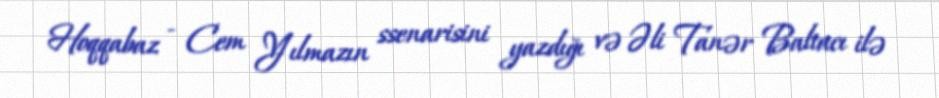
Hoqqabaz - Cem Yılmazın ssenarisini yazdığı və Əli Tanər Baltacı ilə